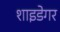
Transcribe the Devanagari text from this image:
शाइडेगर